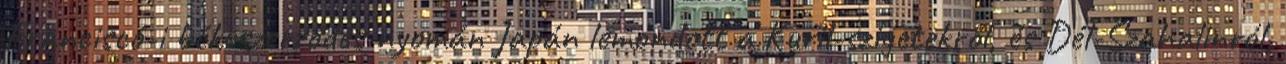
Franciscó-i békeszerződés nyomán Japán lemondott a Kuril-szigetekről, és Dél-Szahalinról,